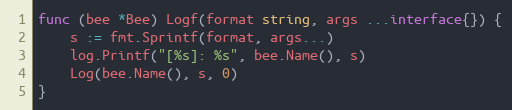
Language: Go
func (bee *Bee) Logf(format string, args ...interface{}) {
	s := fmt.Sprintf(format, args...)
	log.Printf("[%s]: %s", bee.Name(), s)
	Log(bee.Name(), s, 0)
}